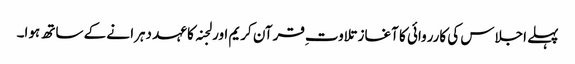
پہلے اجلاس کی کارروائی کا آغاز تلاوت ِقرآن کریم اور لجنہ کا عہد دہرا نے کے ساتھ ہوا۔